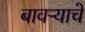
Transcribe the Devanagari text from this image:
बावऱ्याचे